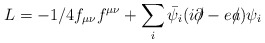
\begin{align*}L=-1/4f_{\mu \nu}f^{\mu \nu} + \sum_i \bar{\psi_i}( i \partial\!\!\!/ -ea \!\!\!/ )\psi_i\end{align*}